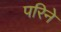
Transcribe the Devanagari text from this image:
परिने